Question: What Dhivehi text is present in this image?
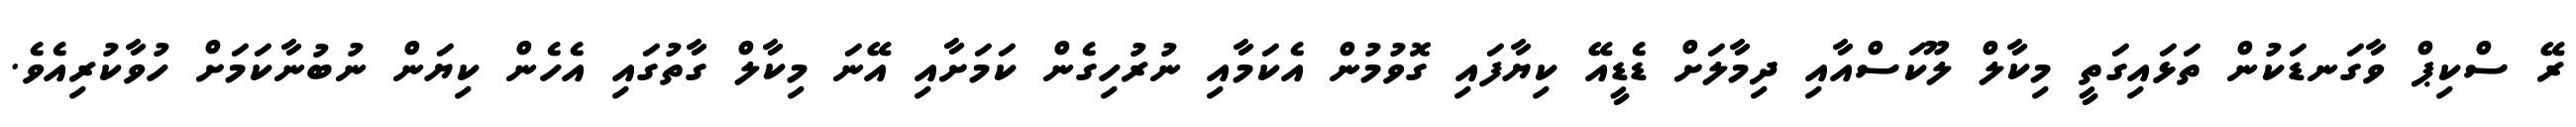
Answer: ރޭ ސްކިޕް ވާގަނޑަކުން ތަޅައިގަތީ މިކާލް ލޫކަސްއާއި ދިމާލަށް ޑެޑީއޭ ކިޔާފައި ގޮވުމުން އެކަމާއި ނުރުހިގެން ކަމަށާއި އޭނަ މިކާލް ގާތުގައި އެހެން ކިޔަން ނުބުނާކަމަށް ހުވާކުރިއެވެ.